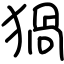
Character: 猧